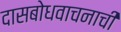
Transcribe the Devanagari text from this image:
दासबोधवाचनाची